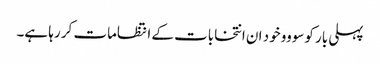
پہلی بار کوسووو خود ان انتخابات کے انتظامات کر رہا ہے۔